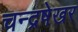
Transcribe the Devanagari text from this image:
चन्द्रषेखर